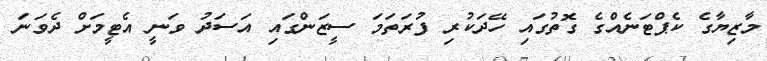
މާޒިޔާގެ ކެޕްޓަނެއްގެ ގޮތުގައި ހޭދަކުރި ފުރަތަމަ ސީޒަންގައި އަސަދު ވަނީ އެޓީމަށް ދެވަނަ